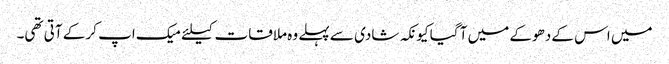
میں اس کے دھوکے میں آ گیا کیونکہ شادی سے پہلے وہ ملاقات کیلئے میک اپ کر کے آتی تھی۔